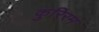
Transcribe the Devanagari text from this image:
कुरिरम